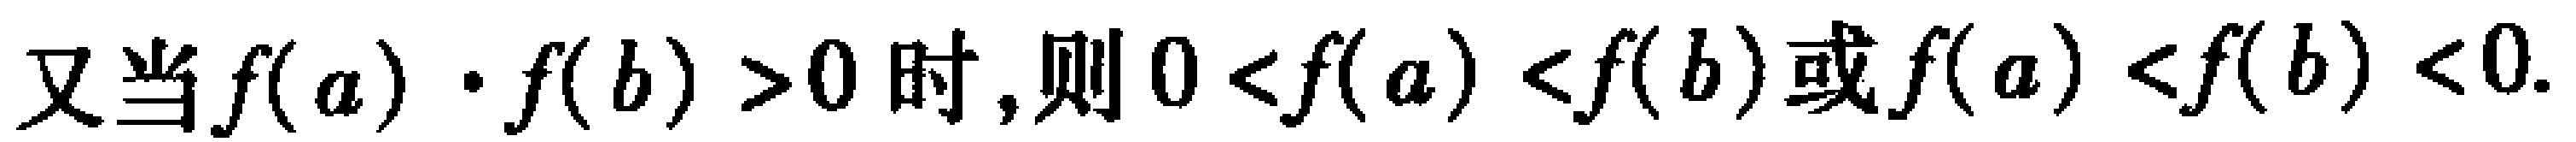
又当$f(a)\cdot f(b)>0$时,则$0<f(a)<f(b)或f(a)<f(b)<0.$